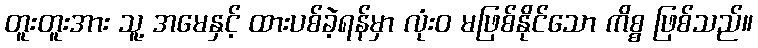
တူးတူးအား သူ့ အမေနှင့် ထားပစ်ခဲ့ရန်မှာ လုံးဝ မဖြစ်နိုင်သော ကိစ္စ ဖြစ်သည်။